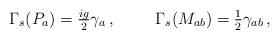
LaTeX: \begin{align*}\Gamma_{s}(P_{a}) = {\textstyle\frac{ig}{2}}\gamma_{a}\, ,\hspace{1cm}\Gamma_{s}(M_{ab}) = {\textstyle\frac{1}{2}}\gamma_{ab}\, ,\end{align*}